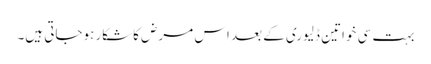
بہت سی خواتین ڈلیوری کے بعد اس مرض کاشکار ہوجاتی ہیں۔